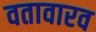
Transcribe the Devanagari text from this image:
वतावारव